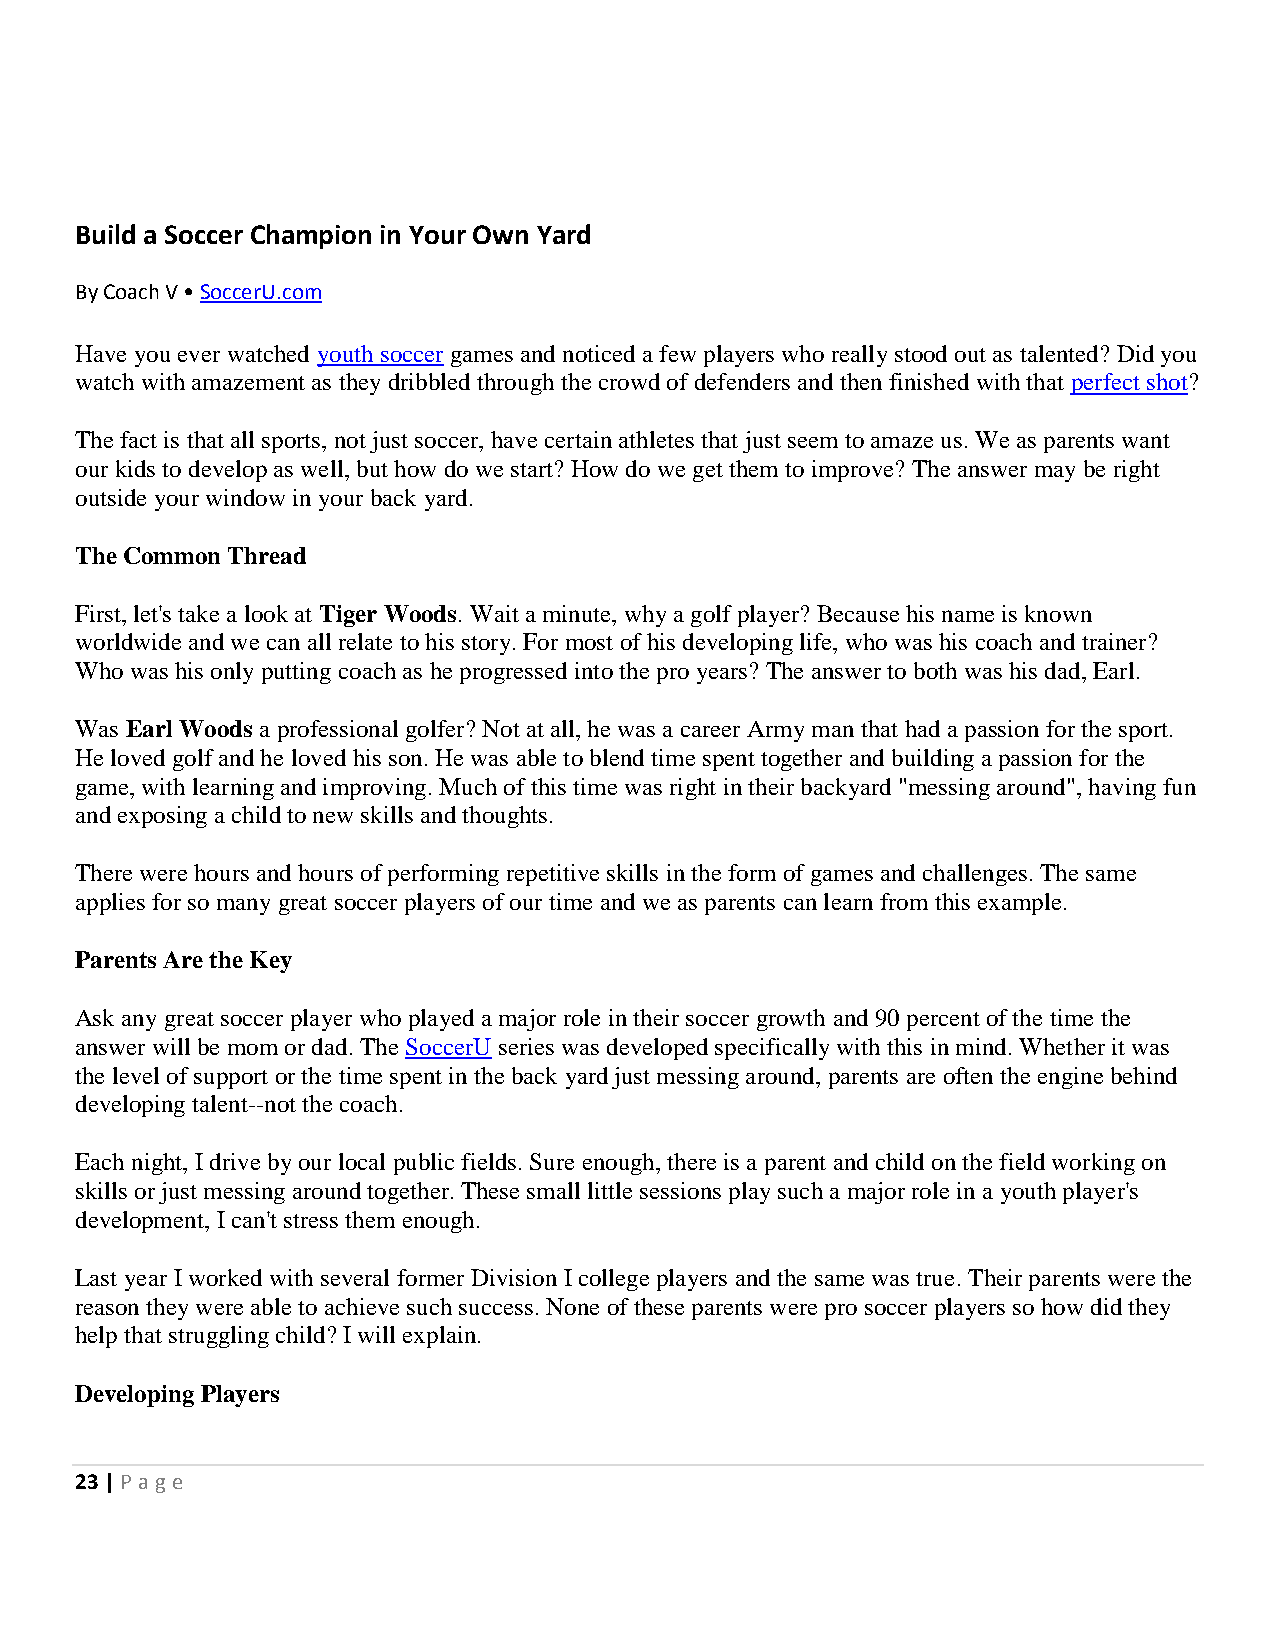
Build a Soccer Champion in Your Own Yard
 By Coach V • SoccerU.com
 Have you ever watched youth soccer games and noticed a few players who really stood out as talented? Did you
 watch with amazement as they dribbled through the crowd of defenders and then finished with that perfect shot?
 The fact is that all sports, not just soccer, have certain athletes that just seem to amaze us. We as parents want
 our kids to develop as well, but how do we start? How do we get them to improve? The answer may be right
 outside your window in your back yard.
 The Common Thread
 First, let's take a look at Tiger Woods. Wait a minute, why a golf player? Because his name is known
 worldwide and we can all relate to his story. For most of his developing life, who was his coach and trainer?
 Who was his only putting coach as he progressed into the pro years? The answer to both was his dad, Earl.
 Was Earl Woods a professional golfer? Not at all, he was a career Army man that had a passion for the sport.
 He loved golf and he loved his son. He was able to blend time spent together and building a passion for the
 game, with learning and improving. Much of this time was right in their backyard "messing around", having fun
 and exposing a child to new skills and thoughts.
 There were hours and hours of performing repetitive skills in the form of games and challenges. The same
 applies for so many great soccer players of our time and we as parents can learn from this example.
 Parents Are the Key
 Ask any great soccer player who played a major role in their soccer growth and 90 percent of the time the
 answer will be mom or dad. The SoccerU series was developed specifically with this in mind. Whether it was
 the level of support or the time spent in the back yard just messing around, parents are often the engine behind
 developing talent--not the coach.
 Each night, I drive by our local public fields. Sure enough, there is a parent and child on the field working on
 skills or just messing around together. These small little sessions play such a major role in a youth player's
 development, I can't stress them enough.
 Last year I worked with several former Division I college players and the same was true. Their parents were the
 reason they were able to achieve such success. None of these parents were pro soccer players so how did they
 help that struggling child? I will explain.
 Developing Players
 23 | P age